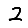
Digit: 2